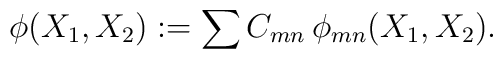
\phi (X_{1},X_{2}):=\sum C_{mn}\,\phi _{mn}(X_{1},X_{2}).